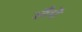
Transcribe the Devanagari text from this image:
लैपे